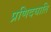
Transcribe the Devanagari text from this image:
प्रणिदघाति